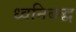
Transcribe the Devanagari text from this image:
ध्वनिबद्ध